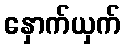
နှောက်ယှက်